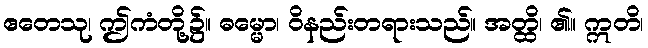
ဧတေသု၊ ဤကံတို့၌။ ဓမ္မော၊ ဝိနည်းတရားသည်။ အတ္ထိ၊ ၏။ ဣတိ၊